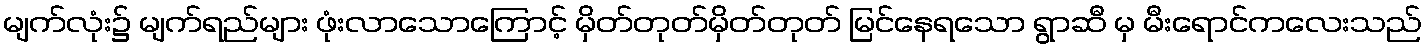
မျက်လုံး၌ မျက်ရည်များ ဖုံးလာသောကြောင့် မှိတ်တုတ်မှိတ်တုတ် မြင်နေရသော ရွာဆီ မှ မီးရောင်ကလေးသည်